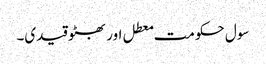
سول حکومت معطل اور بھٹو قیدی۔